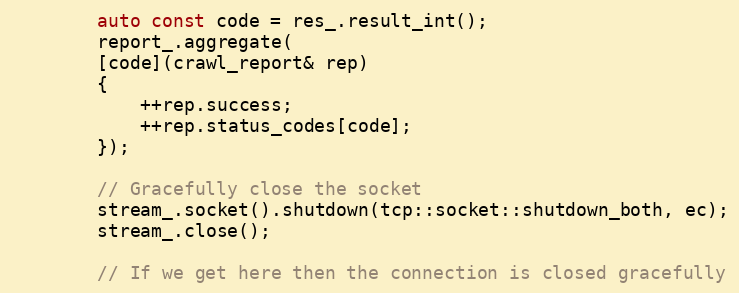
Language: C++
        auto const code = res_.result_int();
        report_.aggregate(
        [code](crawl_report& rep)
        {
            ++rep.success;
            ++rep.status_codes[code];
        });

        // Gracefully close the socket
        stream_.socket().shutdown(tcp::socket::shutdown_both, ec);
        stream_.close();

        // If we get here then the connection is closed gracefully